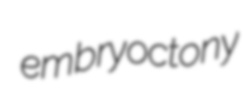
embryoctony